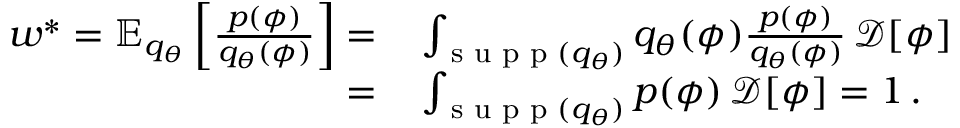
\begin{array} { r l } { w ^ { * } = \mathbb { E } _ { q _ { \theta } } \left[ \frac { p ( \phi ) } { q _ { \theta } ( \phi ) } \right] = } & { { } \int _ { \textrm { s u p p } ( q _ { \theta } ) } q _ { \theta } ( \phi ) \frac { p ( \phi ) } { q _ { \theta } ( \phi ) } \, \mathcal { D } [ \phi ] } \\ { = } & { { } \int _ { \textrm { s u p p } ( q _ { \theta } ) } p ( \phi ) \, \mathcal { D } [ \phi ] = 1 \, . } \end{array}